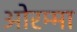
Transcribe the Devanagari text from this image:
ओरम्मा